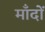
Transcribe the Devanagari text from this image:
माँदों